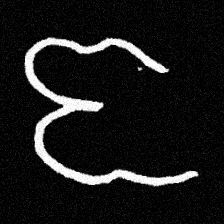
Pyu character \u2014 Myanmar letter: ဇ (romanized: ja)